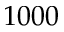
1 0 0 0